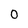
Character: 0